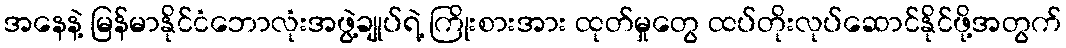
အနေနဲ့ မြန်မာနိုင်ငံဘောလုံးအဖွဲ့ချုပ်ရဲ့ ကြိုးစားအား ထုတ်မှုတွေ ထပ်တိုးလုပ်ဆောင်နိုင်ဖို့အတွက်